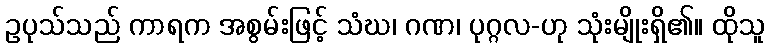
ဥပုသ်သည် ကာရက အစွမ်းဖြင့် သံဃ၊ ဂဏ၊ ပုဂ္ဂလ-ဟု သုံးမျိုးရှိ၏။ ထိုသူ